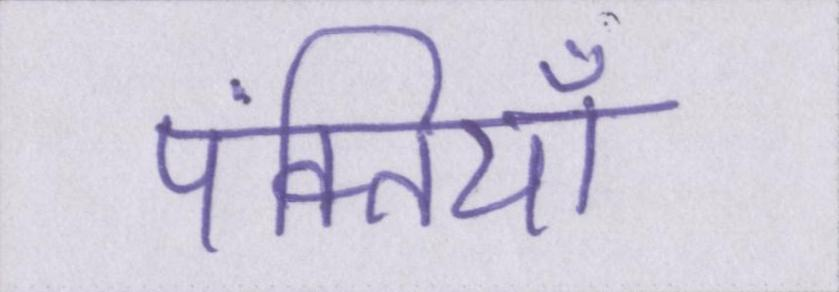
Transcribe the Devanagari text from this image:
पंक्तियाँ